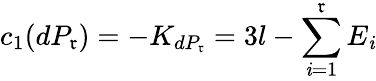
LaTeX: c_{1}(dP_{\mathfrak{r}})=-K_{dP_{\mathfrak{r}}}=3l-\sum_{\mathit{i}=1}^{\mathfrak{r}}{E_{\mathit{i}}}